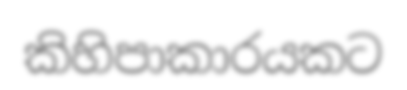
කිහිපාකාරයකට